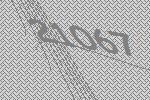
21067